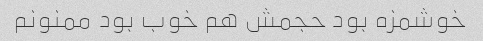
خوشمزه بود حجمش هم خوب بود ممنونم